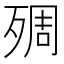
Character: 𱥑